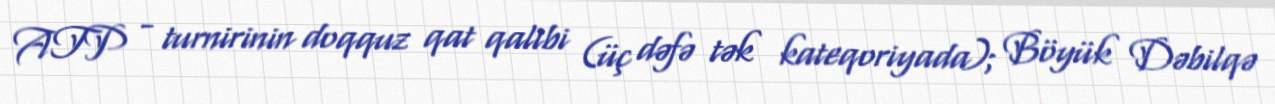
ATP - turnirinin doqquz qat qalibi (üç dəfə tək kateqoriyada); Böyük Dəbilqə